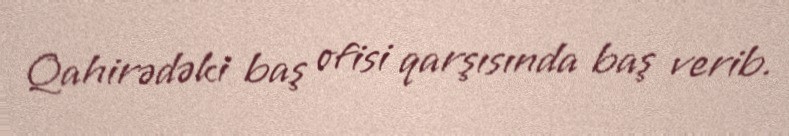
Qahirədəki baş ofisi qarşısında baş verib.